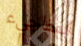
المفاجيء